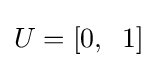
U=[0,\;\;1]